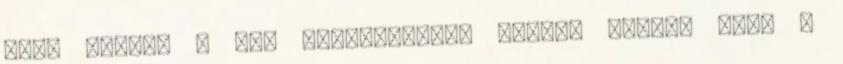
szép nyerni A kis méregzsákkal induló Jánosa Ákos –